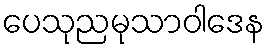
ပေသုညမုသာဝါဒေန